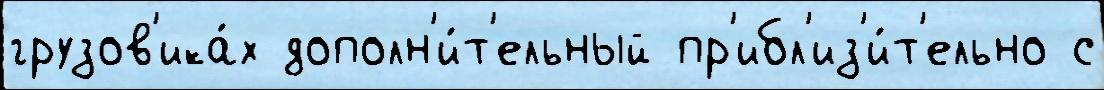
грузов'ика́х дополн'и́т'ельный пр'ибл'из'и́т'ельно с